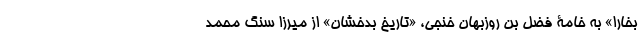
بخارا» به خامۀ فضل بن روزبهان خُنجی، «تاریخ بدخشان» از میرزا سنگ محمد